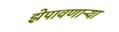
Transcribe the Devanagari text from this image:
झेपावणाऱ्या